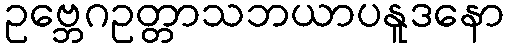
ဥဗ္ဘေဂဥတ္တာသဘယာပနူဒနော